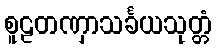
စူဠတဏှာသင်္ခယသုတ္တံ